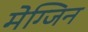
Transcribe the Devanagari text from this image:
मेग्जिन